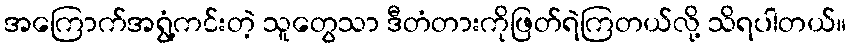
အကြောက်အရွံ့ကင်းတဲ့ သူတွေသာ ဒီတံတားကိုဖြတ်ရဲကြတယ်လို့ သိရပါတယ်။